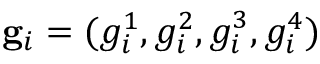
\mathbf { g } _ { i } = ( g _ { i } ^ { 1 } , g _ { i } ^ { 2 } , g _ { i } ^ { 3 } , g _ { i } ^ { 4 } )